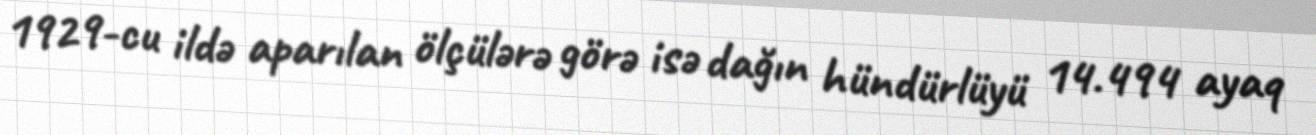
1929-cu ildə aparılan ölçülərə görə isə dağın hündürlüyü 14.494 ayaq